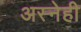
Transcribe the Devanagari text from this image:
अस्नेही